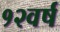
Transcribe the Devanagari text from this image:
१२वर्ष